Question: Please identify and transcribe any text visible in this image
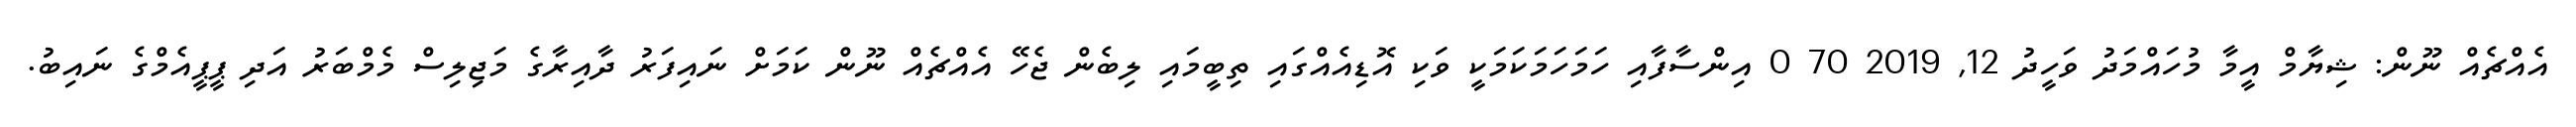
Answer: އެއްޗެއް ނޫން: ޝިޔާމް އީމާ މުހައްމަދު ވަހީދު 12, 2019 70 0 އިންސާފާއި ހަމަހަމަކަމަކީ ވަކި އޮޑިއެއްގައި ތިބީމައި ލިބެން ޖެހޭ އެއްޗެއް ނޫން ކަމަށް ނައިފަރު ދާއިރާގެ މަޖިލިސް މެމްބަރު އަދި ޕީޕީއެމްގެ ނައިބު.